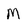
Character: M